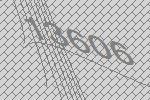
13606